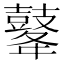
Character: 𪔔